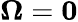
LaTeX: \boldsymbol{\Omega}=\boldsymbol{0}